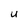
Character: U